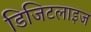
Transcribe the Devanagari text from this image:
डिजिटलाइज